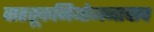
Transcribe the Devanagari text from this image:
वाहतूकनियोजनाचाच